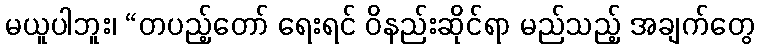
မယူပါဘူး၊ “တပည့်တော် ရေးရင် ဝိနည်းဆိုင်ရာ မည်သည့် အချက်တွေ